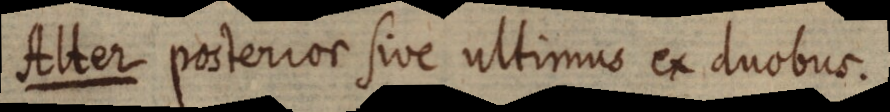
Alter posterior sive ultimus ex duobus.